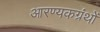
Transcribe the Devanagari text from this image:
आरण्यकग्रंथों